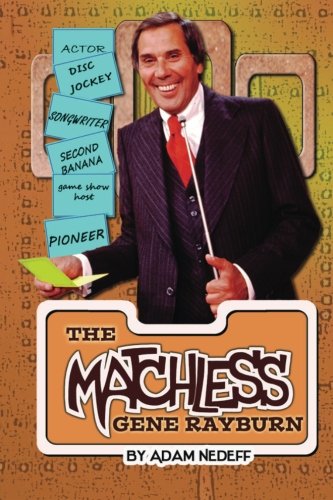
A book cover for The Matchless Gene Rayburn; Adam Nedeff; Humor & Entertainment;